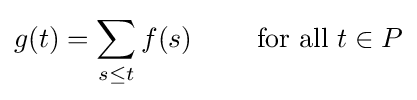
g(t)=\sum _{s\leq t}f(s)\qquad {\text{ for all }}t\in P